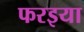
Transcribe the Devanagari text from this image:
फरइया